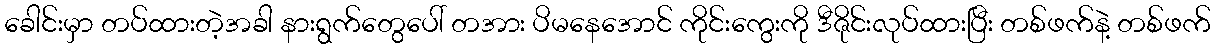
ခေါင်းမှာ တပ်ထားတဲ့အခါ နားရွက်တွေပေါ် တအား ပိမနေအောင် ကိုင်းကွေးကို ဒီဇိုင်းလုပ်ထားပြီး တစ်ဖက်နဲ့ တစ်ဖက်